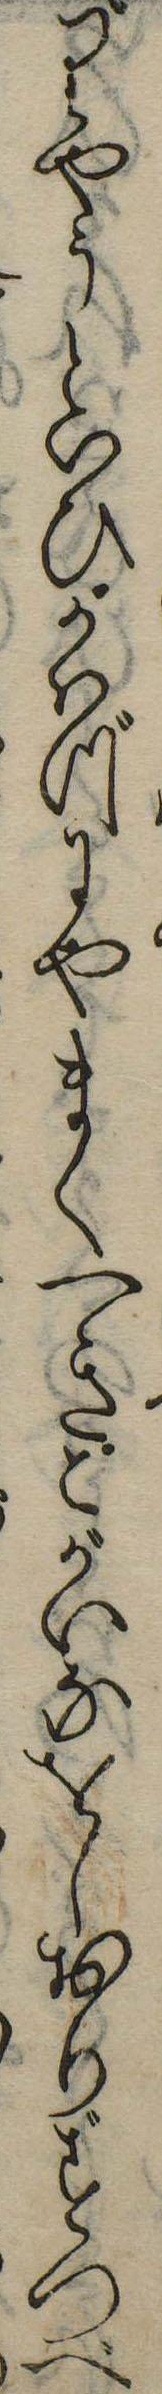
りやうといひかはづにやまくへきこがいなをしおりずつべ